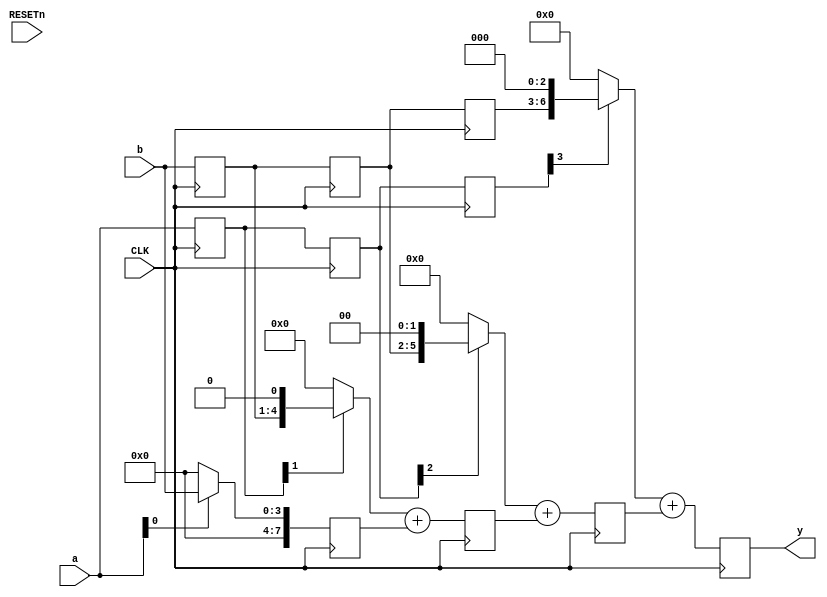
module pipe_array_mult (a, b, y, CLK, RESETn);

    parameter bw = 4;

    input CLK, RESETn;
    input [bw-1:0] a, b;
    output [2*bw-1:0] y;

    reg [bw-1:0] a_pipe [bw-1:0];
    reg [bw-1:0] b_pipe [bw-1:0];
    reg [2*bw-1:0] partials [bw-1:0];

    integer i;

    always @(posedge CLK) begin
        a_pipe[0] <= a;
        b_pipe[0] <= b;
        partials[0] <= a[0] ? b : 0;

        for (i = 1; i < bw; i = i + 1) begin
            a_pipe[i] <= a_pipe[i-1];
            b_pipe[i] <= b_pipe[i-1];
            partials[i] <= (a_pipe[i-1][i] ? b_pipe[i-1] << i : 0) + partials[i-1];
        end
    end

    assign y = partials[bw-1];

endmodule